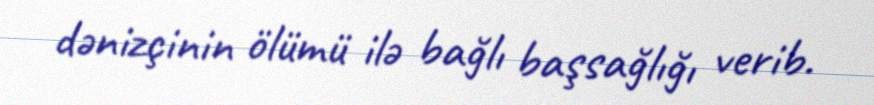
dənizçinin ölümü ilə bağlı başsağlığı verib.